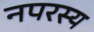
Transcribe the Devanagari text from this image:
नपरस्य